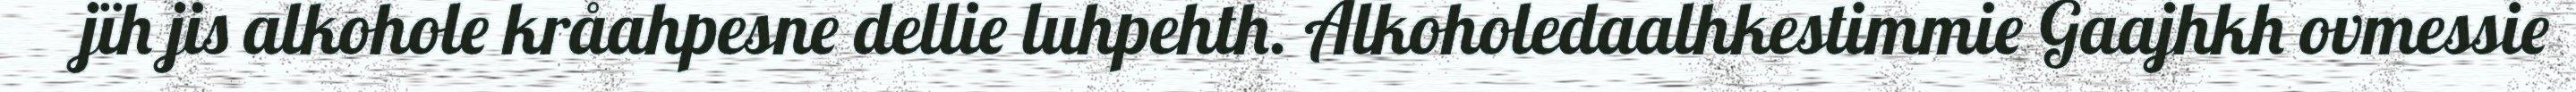
jïh jis alkohole kråahpesne dellie luhpehth. Alkoholedaalhkestimmie Gaajhkh ovmessie